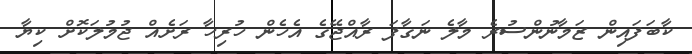
ކާބަފައިން ޒަމާނުންސުރެ މާލެ ނަގާފަ ރާއްޖޭގެ އެހެން ހުރިހާ ރަށެއް ޖުމުލަކޮށް ކިޔާ